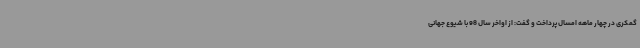
گمکری در چهار ماهه امسال پرداخت و گفت: از اواخر سال 98 با شیوع جهانی